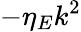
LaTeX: -\eta_{E}k^{2}